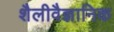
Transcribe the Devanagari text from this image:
शैलीवैज्ञानिक